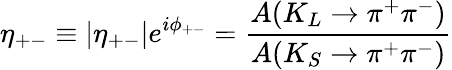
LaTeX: \eta_{+-}\equiv|\eta_{+-}|e^{i\phi_{+-}}=\frac{A(K_{L}\rightarrow\pi^{+}\pi^{-})}{A(K_{S}\rightarrow\pi^{+}\pi^{-})}